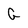
Character: G